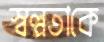
স্বল্পতাকে